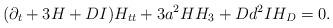
LaTeX: \begin{align*}(\partial_t + 3 H +DI) H_{tt} + 3 a^2H H_{3} +D d^2 I H_D=0. \end{align*}